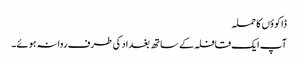
ڈاکوؤں کا حملہ
آپ ایک قافلہ کے ساتھ بغداد کی طرف روانہ ہوئے۔